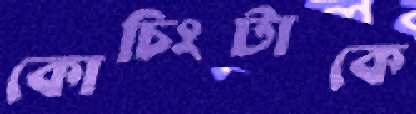
কোচিংটাকে